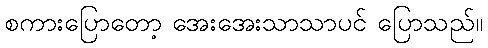
စကားပြောတော့ အေးအေးသာသာပင် ပြောသည်။